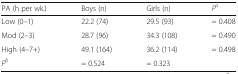
<table><thead><tr><td><b>PA (h per wk.)</b></td><td><b>Boys (n)</b></td><td><b>Girls (n)</b></td><td><b><i>P</i><sup><i>a</i></sup></b></td></tr></thead><tbody><tr><td>Low (0–1)</td><td>22.2 (74)</td><td>29.5 (93)</td><td>= 0.408</td></tr><tr><td>Mod (2–3)</td><td>28.7 (96)</td><td>34.3 (108)</td><td>= 0.490</td></tr><tr><td>High (4–7+)</td><td>49.1 (164)</td><td>36.2 (114)</td><td>= 0.498</td></tr><tr><td><i>P</i><sup><i>b</i></sup></td><td>= 0.524</td><td>= 0.323</td><td></td></tr></tbody></table>